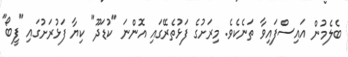
ބެލެމުން އައިސްފައިވާ ތަނެކެވެ. މިރަށުގެ ފަޅުތެރޭގައި އޮންނަ "ކުޑަދޫ" ކިޔާ ފަޅުރަށުގައި "ފީބޯ"